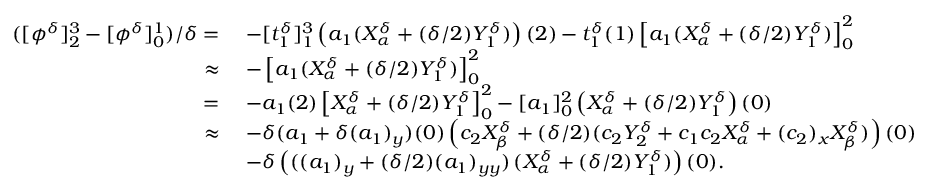
\begin{array} { r l } { ( [ \phi ^ { \delta } ] _ { 2 } ^ { 3 } - [ \phi ^ { \delta } ] _ { 0 } ^ { 1 } ) / \delta = \; } & { - [ t _ { 1 } ^ { \delta } ] _ { 1 } ^ { 3 } \left( a _ { 1 } ( X _ { \alpha } ^ { \delta } + ( \delta / 2 ) Y _ { 1 } ^ { \delta } ) \right) ( 2 ) - t _ { 1 } ^ { \delta } ( 1 ) \left[ a _ { 1 } ( X _ { \alpha } ^ { \delta } + ( \delta / 2 ) Y _ { 1 } ^ { \delta } ) \right] _ { 0 } ^ { 2 } } \\ { \approx \; } & { - \left[ a _ { 1 } ( X _ { \alpha } ^ { \delta } + ( \delta / 2 ) Y _ { 1 } ^ { \delta } ) \right] _ { 0 } ^ { 2 } } \\ { = \; } & { - a _ { 1 } ( 2 ) \left[ X _ { \alpha } ^ { \delta } + ( \delta / 2 ) Y _ { 1 } ^ { \delta } \right] _ { 0 } ^ { 2 } - [ a _ { 1 } ] _ { 0 } ^ { 2 } \left( X _ { \alpha } ^ { \delta } + ( \delta / 2 ) Y _ { 1 } ^ { \delta } \right) ( 0 ) } \\ { \approx \; } & { - \delta ( a _ { 1 } + \delta ( a _ { 1 } ) _ { y } ) ( 0 ) \left( c _ { 2 } X _ { \beta } ^ { \delta } + ( \delta / 2 ) ( c _ { 2 } Y _ { 2 } ^ { \delta } + c _ { 1 } c _ { 2 } X _ { \alpha } ^ { \delta } + ( c _ { 2 } ) _ { x } X _ { \beta } ^ { \delta } ) \right) ( 0 ) } \\ & { - \delta \left( ( ( a _ { 1 } ) _ { y } + ( \delta / 2 ) ( a _ { 1 } ) _ { y y } ) \, ( X _ { \alpha } ^ { \delta } + ( \delta / 2 ) Y _ { 1 } ^ { \delta } ) \right) ( 0 ) . } \end{array}